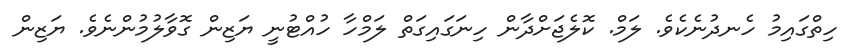
ހިތްގައިމު ހެނދުނެކެވެ. ލަމް. ކޮލެޖަށްދާން ހިނަގައިގަތް ލަމްހާ ހުއްޓުނީ ޔަޒިން ގޮވާލުމުންނެވެ. ޔަޒިން